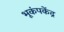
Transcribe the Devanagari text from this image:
भूकंपकेंद्र